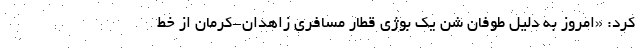
کرد: «امروز به دلیل طوفان شن یک بوژی قطار مسافری زاهدان-کرمان از خط